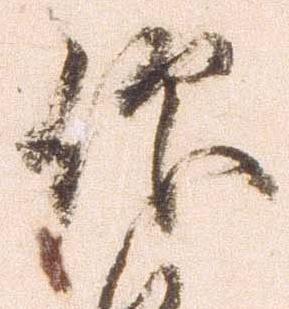
仰